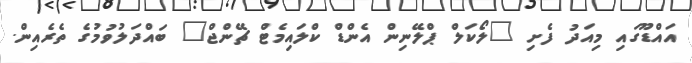
އައްޑޫގައި މިއަދު ފެށި "ލޯކަލް ޕްލޭނިން އެންޑް ކްލައިމެޓް ޗޭންޖް" ބައްދަލުވުމުގެ ތެރެއިން.